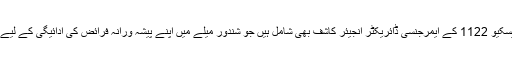
ان افراد میں ریسکیو 1122 کے ایمرجنسی ڈائریکٹر انجیئر کاشف بھی شامل ہیں جو شندور میلے میں اپنے پیشہ ورانہ فرائض کی ادائیگی کے لیے جا رہے تھے۔